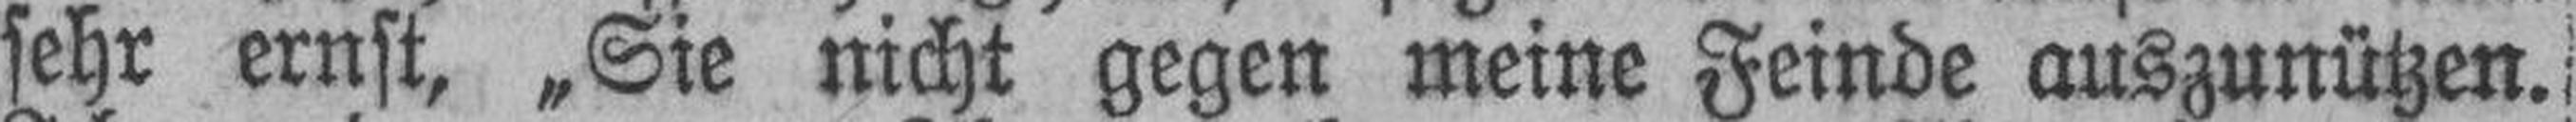
sehr ernst, „Sie nicht gegen meine Feinde auszunützen.